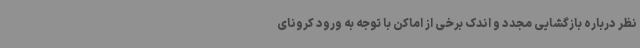
نظر درباره بازگشایی مجدد و اندک برخی از اماکن با توجه به ورود کرونای